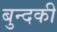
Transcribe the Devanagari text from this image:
बुन्दकी